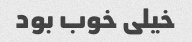
خیلی خوب بود